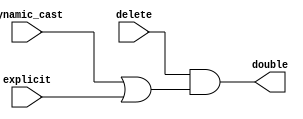
module IDN_NR_CKYW (delete,dynamic_cast,explicit,double );
   input delete, dynamic_cast, explicit;
   output double;

   assign double = delete & (dynamic_cast | explicit);
endmodule